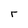
Character: r